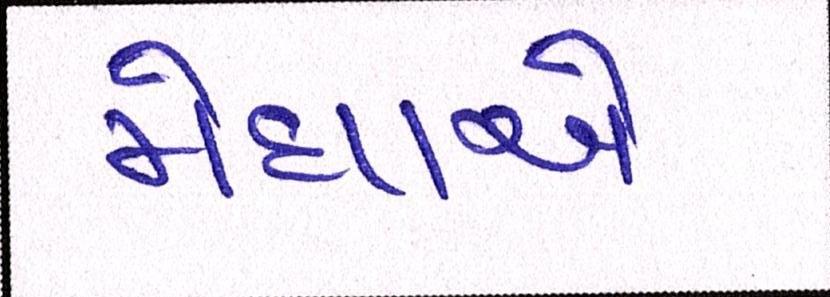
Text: મેઘાએ